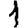
Digit: 1